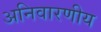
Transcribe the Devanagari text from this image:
अनिवारणीय